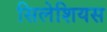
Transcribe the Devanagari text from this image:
सिलेशियस